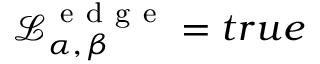
\mathcal { L } _ { \alpha , \, \beta } ^ { \mathrm { ~ e ~ d ~ g ~ e ~ } } = t r u e